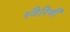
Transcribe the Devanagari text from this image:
स्वैरिणी